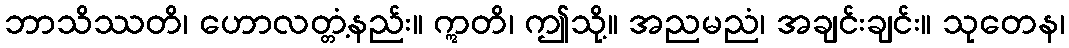
ဘာသိဿတိ၊ ဟောလတ္တံ့နည်း။ ဣတိ၊ ဤသို့။ အညမညံ၊ အချင်းချင်း။ သုတေန၊